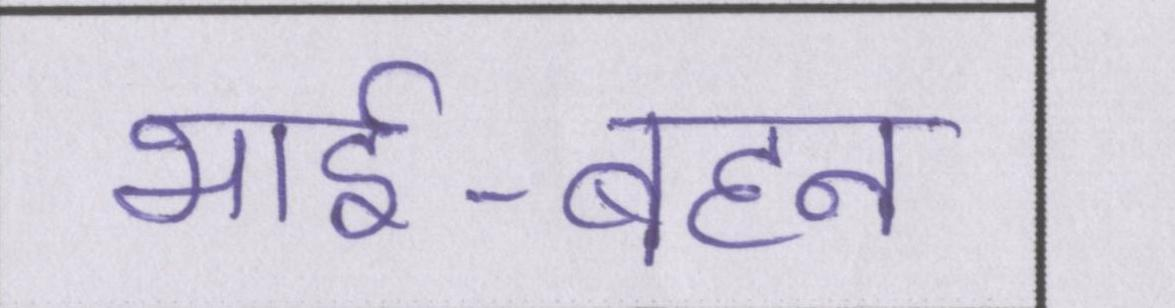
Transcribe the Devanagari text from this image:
भाई-बहन